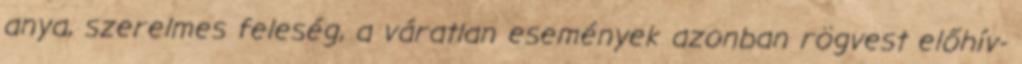
anya, szerelmes feleség, a váratlan események azonban rögvest előhív-